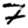
Digit: 7